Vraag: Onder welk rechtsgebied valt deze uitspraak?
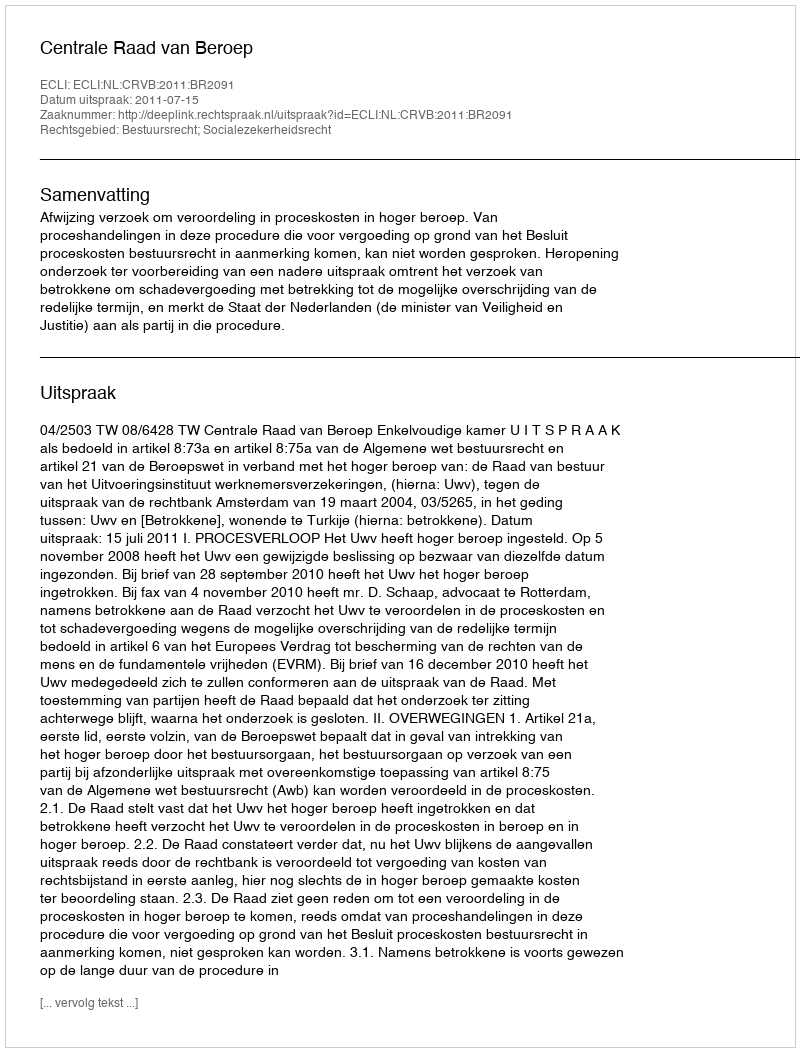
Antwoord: Bestuursrecht; Socialezekerheidsrecht